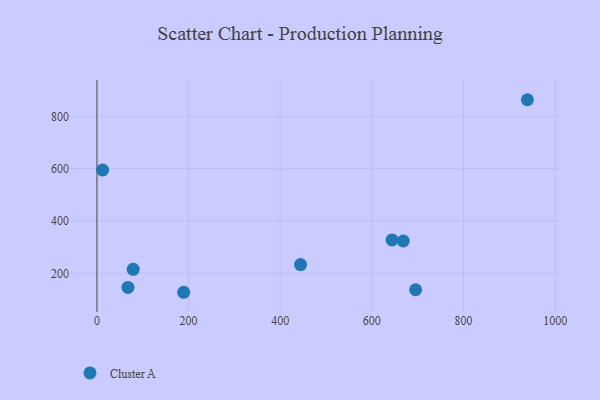
{"axis": {"x": "Price", "y": "Salary"}, "legend": ["Cluster A"], "data": [{"x": "67.7", "y": 146.2, "type": "Cluster A"}, {"x": "444.4", "y": 233.7, "type": "Cluster A"}, {"x": "939.4", "y": 864.3, "type": "Cluster A"}, {"x": "189.3", "y": 127.7, "type": "Cluster A"}, {"x": "12.4", "y": 595.5, "type": "Cluster A"}, {"x": "695.5", "y": 137.4, "type": "Cluster A"}, {"x": "668.5", "y": 323.8, "type": "Cluster A"}, {"x": "644.0", "y": 328.0, "type": "Cluster A"}, {"x": "79.1", "y": 215.4, "type": "Cluster A"}]}